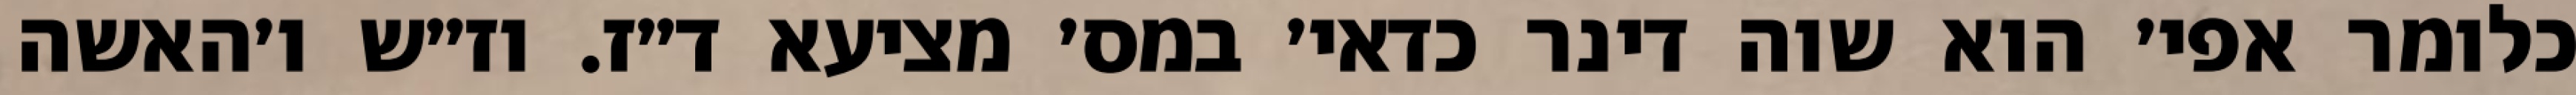
כלומר אפי׳ הוא שוה דינר כדאי׳ במס׳ מציעא ד״ז. וז״ש ו׳האשה